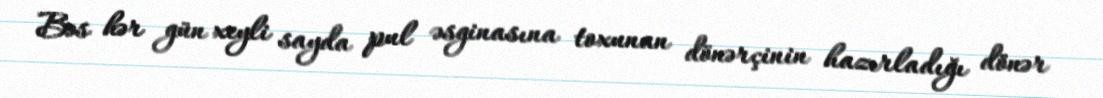
Bəs hər gün xeyli sayda pul əsginasına toxunan dönərçinin hazırladığı dönər